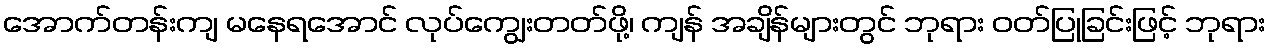
အောက်တန်းကျ မနေရအောင် လုပ်ကျွေးတတ်ဖို့၊ ကျန် အချိန်များတွင် ဘုရား ဝတ်ပြုခြင်းဖြင့် ဘုရား